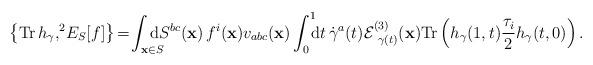
LaTeX: \begin{align*}\big\{\mathrm{Tr}\,h_{\gamma}, ^2\!E_S[f] \big\}&\!=\!\int_{\mathbf{x}\in S} \!\!\!\!\!\!\mathrm{d} S^{bc}(\mathbf{x}) \, f^i(\mathbf{x}) v_{abc}(\mathbf{x}) \int_0^1\!\!\!\mathrm{d} t \, \dot{\gamma}^{a} (t) \mathcal{E}^{(3)}_{\;\,\gamma(t)}(\mathbf{x}) \mathrm{Tr}\,\Big(h_{\gamma} (1, t) \frac{\tau_i}{2} h_{\gamma} (t, 0)\Big) \,.\end{align*}